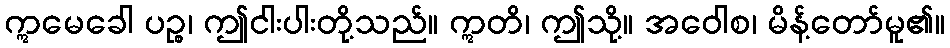
ဣမေခေါ ပဉ္စ၊ ဤငါးပါးတို့သည်။ ဣတိ၊ ဤသို့။ အဝေါစ၊ မိန့်တော်မူ၏။